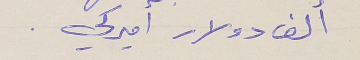
ألف دولار اميركي .